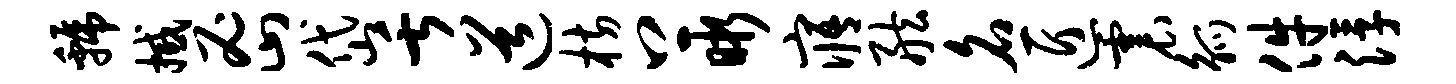
虢撼密岱舌道枋上晰寤舷名匠震觚件浮